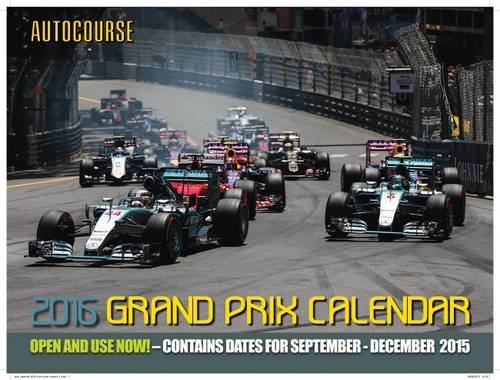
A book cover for Autocourse 2016 Grand Prix Calendar: Contains Dates for September - December 2015; Calendars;